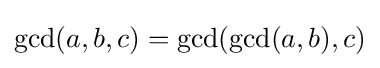
\gcd(a,b,c)=\gcd(\gcd(a,b),c)